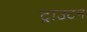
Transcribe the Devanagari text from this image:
ट्राउटन